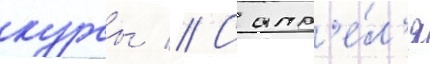
курсы // С апр'е́л'я